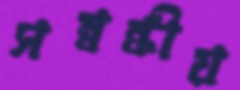
সম্বন্ধীয়